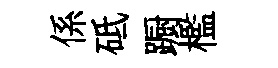
係砥蹰檻